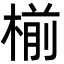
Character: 椾